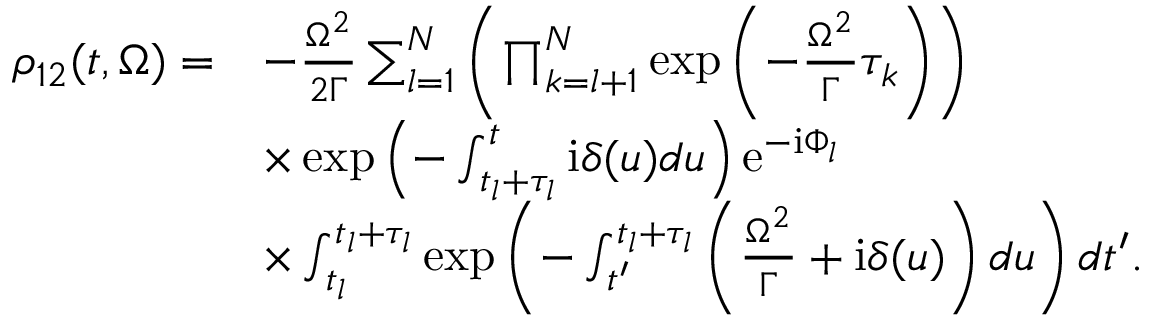
\begin{array} { r l } { \rho _ { 1 2 } ( t , \Omega ) = } & { - \frac { \Omega ^ { 2 } } { 2 \Gamma } \sum _ { l = 1 } ^ { N } \left( \prod _ { k = l + 1 } ^ { N } \exp \left( - \frac { \Omega ^ { 2 } } { \Gamma } \tau _ { k } \right) \right) } \\ & { \times \exp \left( - \int _ { t _ { l } + \tau _ { l } } ^ { t } \mathrm { i } \delta ( u ) d u \right) \mathrm { e } ^ { - \mathrm { i } \Phi _ { l } } } \\ & { \times \int _ { t _ { l } } ^ { t _ { l } + \tau _ { l } } \exp \left( - \int _ { t ^ { \prime } } ^ { t _ { l } + \tau _ { l } } \left( \frac { \Omega ^ { 2 } } { \Gamma } + \mathrm { i } \delta ( u ) \right) d u \right) d t ^ { \prime } . } \end{array}